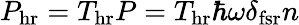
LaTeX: P_{\mathrm{hr}}=T_{\mathrm{hr}}P=T_{\mathrm{hr}}\hbar\omega\delta_{\mathrm{fsr}}n